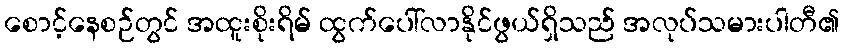
စောင့်နေစဉ်တွင် အထူးစိုးရိမ် ထွက်ပေါ်လာနိုင်ဖွယ်ရှိသည် အလုပ်သမားပါတီ၏